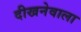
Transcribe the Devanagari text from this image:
दीखनेवाला